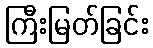
ကြီးမြတ်ခြင်း